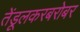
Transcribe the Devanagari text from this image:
तेंडूलकरबरोबर